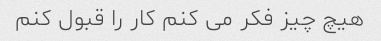
هیچ چیز فکر می کنم کار را قبول کنم